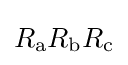
R_{\text{a}}R_{\text{b}}R_{\text{c}}